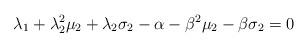
LaTeX: \begin{align*}\lambda_{1}+\lambda_{2}^{2}\mu_{2}+\lambda_{2}\sigma_{2}-\alpha-\beta^{2}\mu_{2}-\beta\sigma_{2}=0\end{align*}